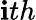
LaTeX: \mathbf{i}th